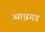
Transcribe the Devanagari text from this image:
व्याघ्रगड